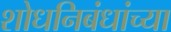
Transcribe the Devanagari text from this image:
शोधनिबंधांच्या